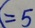
( = 5